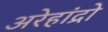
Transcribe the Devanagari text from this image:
अरेहांद्रो